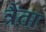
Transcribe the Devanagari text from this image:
त्रैता